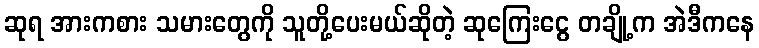
ဆုရ အားကစား သမားတွေကို သူတို့ပေးမယ်ဆိုတဲ့ ဆုကြေးငွေ တချို့က အဲဒီကနေ